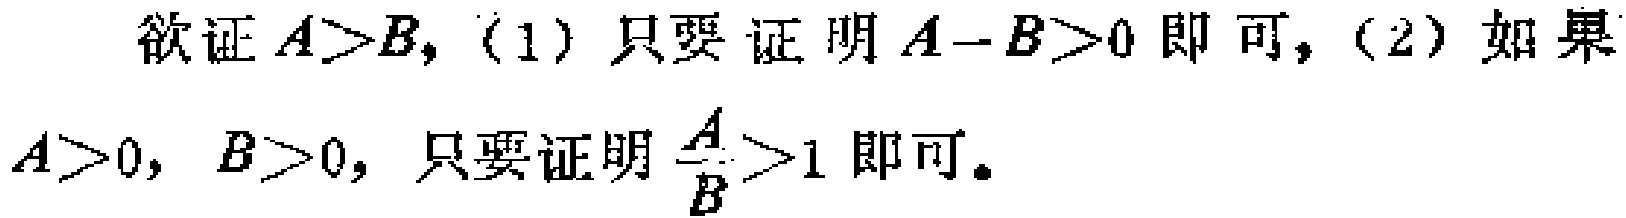
欲证$A > B$, (1) 只要证明$A - B > 0$即可, (2) 如果$A > 0$, $B > 0$, 只要证明$\frac{A}{B}>1$即可。